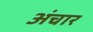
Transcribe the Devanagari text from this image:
अंचार